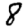
Digit: 8